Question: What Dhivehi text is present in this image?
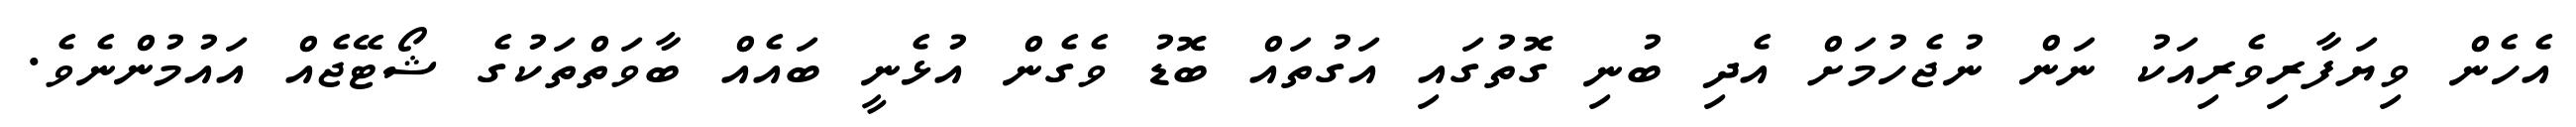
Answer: އެހެން ވިޔަފާރިވެރިއަކު ނަން ނުޖެހުމަށް އެދި ބުނި ގޮތުގައި އަގުތައް ބޮޑު ވެގެން އުޅެނީ ބައެއް ބާވަތްތަކުގެ ޝޯޓޭޖެއް އައުމުންނެވެ.